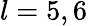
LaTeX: l=5,6